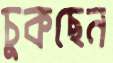
চুকছেন